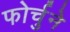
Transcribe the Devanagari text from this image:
फोर्चुने